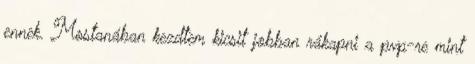
ennek. Mostanában kezdtem kicsit jobban rákapni a pvp-re mint